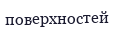
поверхностей